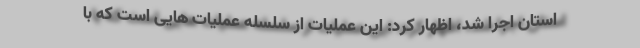
استان اجرا شد، اظهار کرد: این عملیات از سلسله عملیات هایی است که با